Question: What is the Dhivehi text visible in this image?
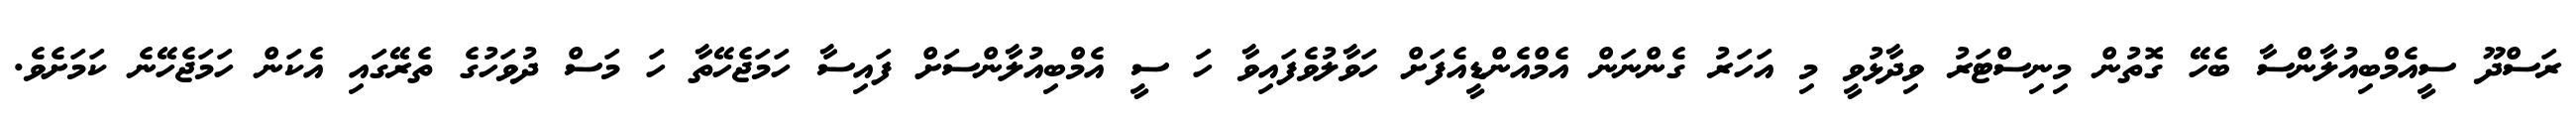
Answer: ރަސްދޫ ސީއެމްބިއުލާންސާ ބެހޭ ގޮތުން މިނިސްޓަރު ވިދާޅުވީ މި އަހަރު ގެންނަން އެމްއެންޑީއެފަށް ހަވާލުވެފައިވާ ހަ ސީ އެމްބިއުލާންސަށް ފައިސާ ހަމަޖެހޭތާ ހަ މަސް ދުވަހުގެ ތެރޭގައި އެކަން ހަމަޖެހޭނެ ކަމަށެވެ.